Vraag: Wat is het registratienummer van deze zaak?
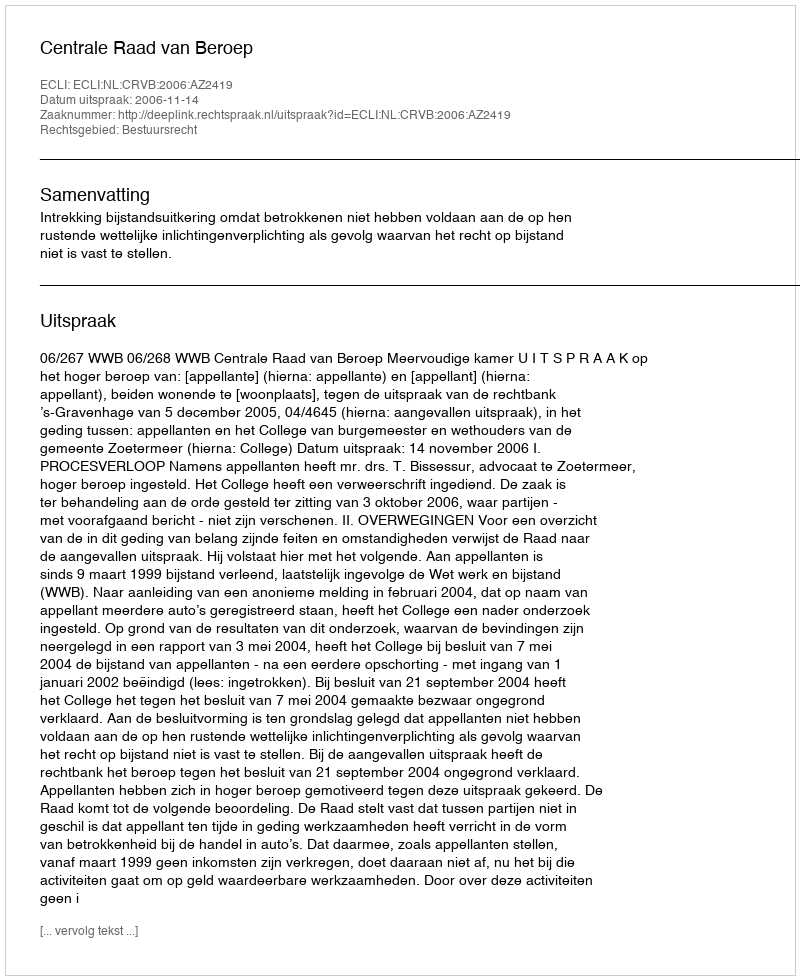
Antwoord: http://deeplink.rechtspraak.nl/uitspraak?id=ECLI:NL:CRVB:2006:AZ2419